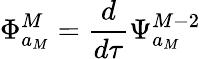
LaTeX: \Phi_{a_{M}}^{M}=\frac{d}{d\tau}\Psi_{a_{M}}^{M-2}